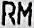
RM